Trukikaitis_Postimees, lk 69
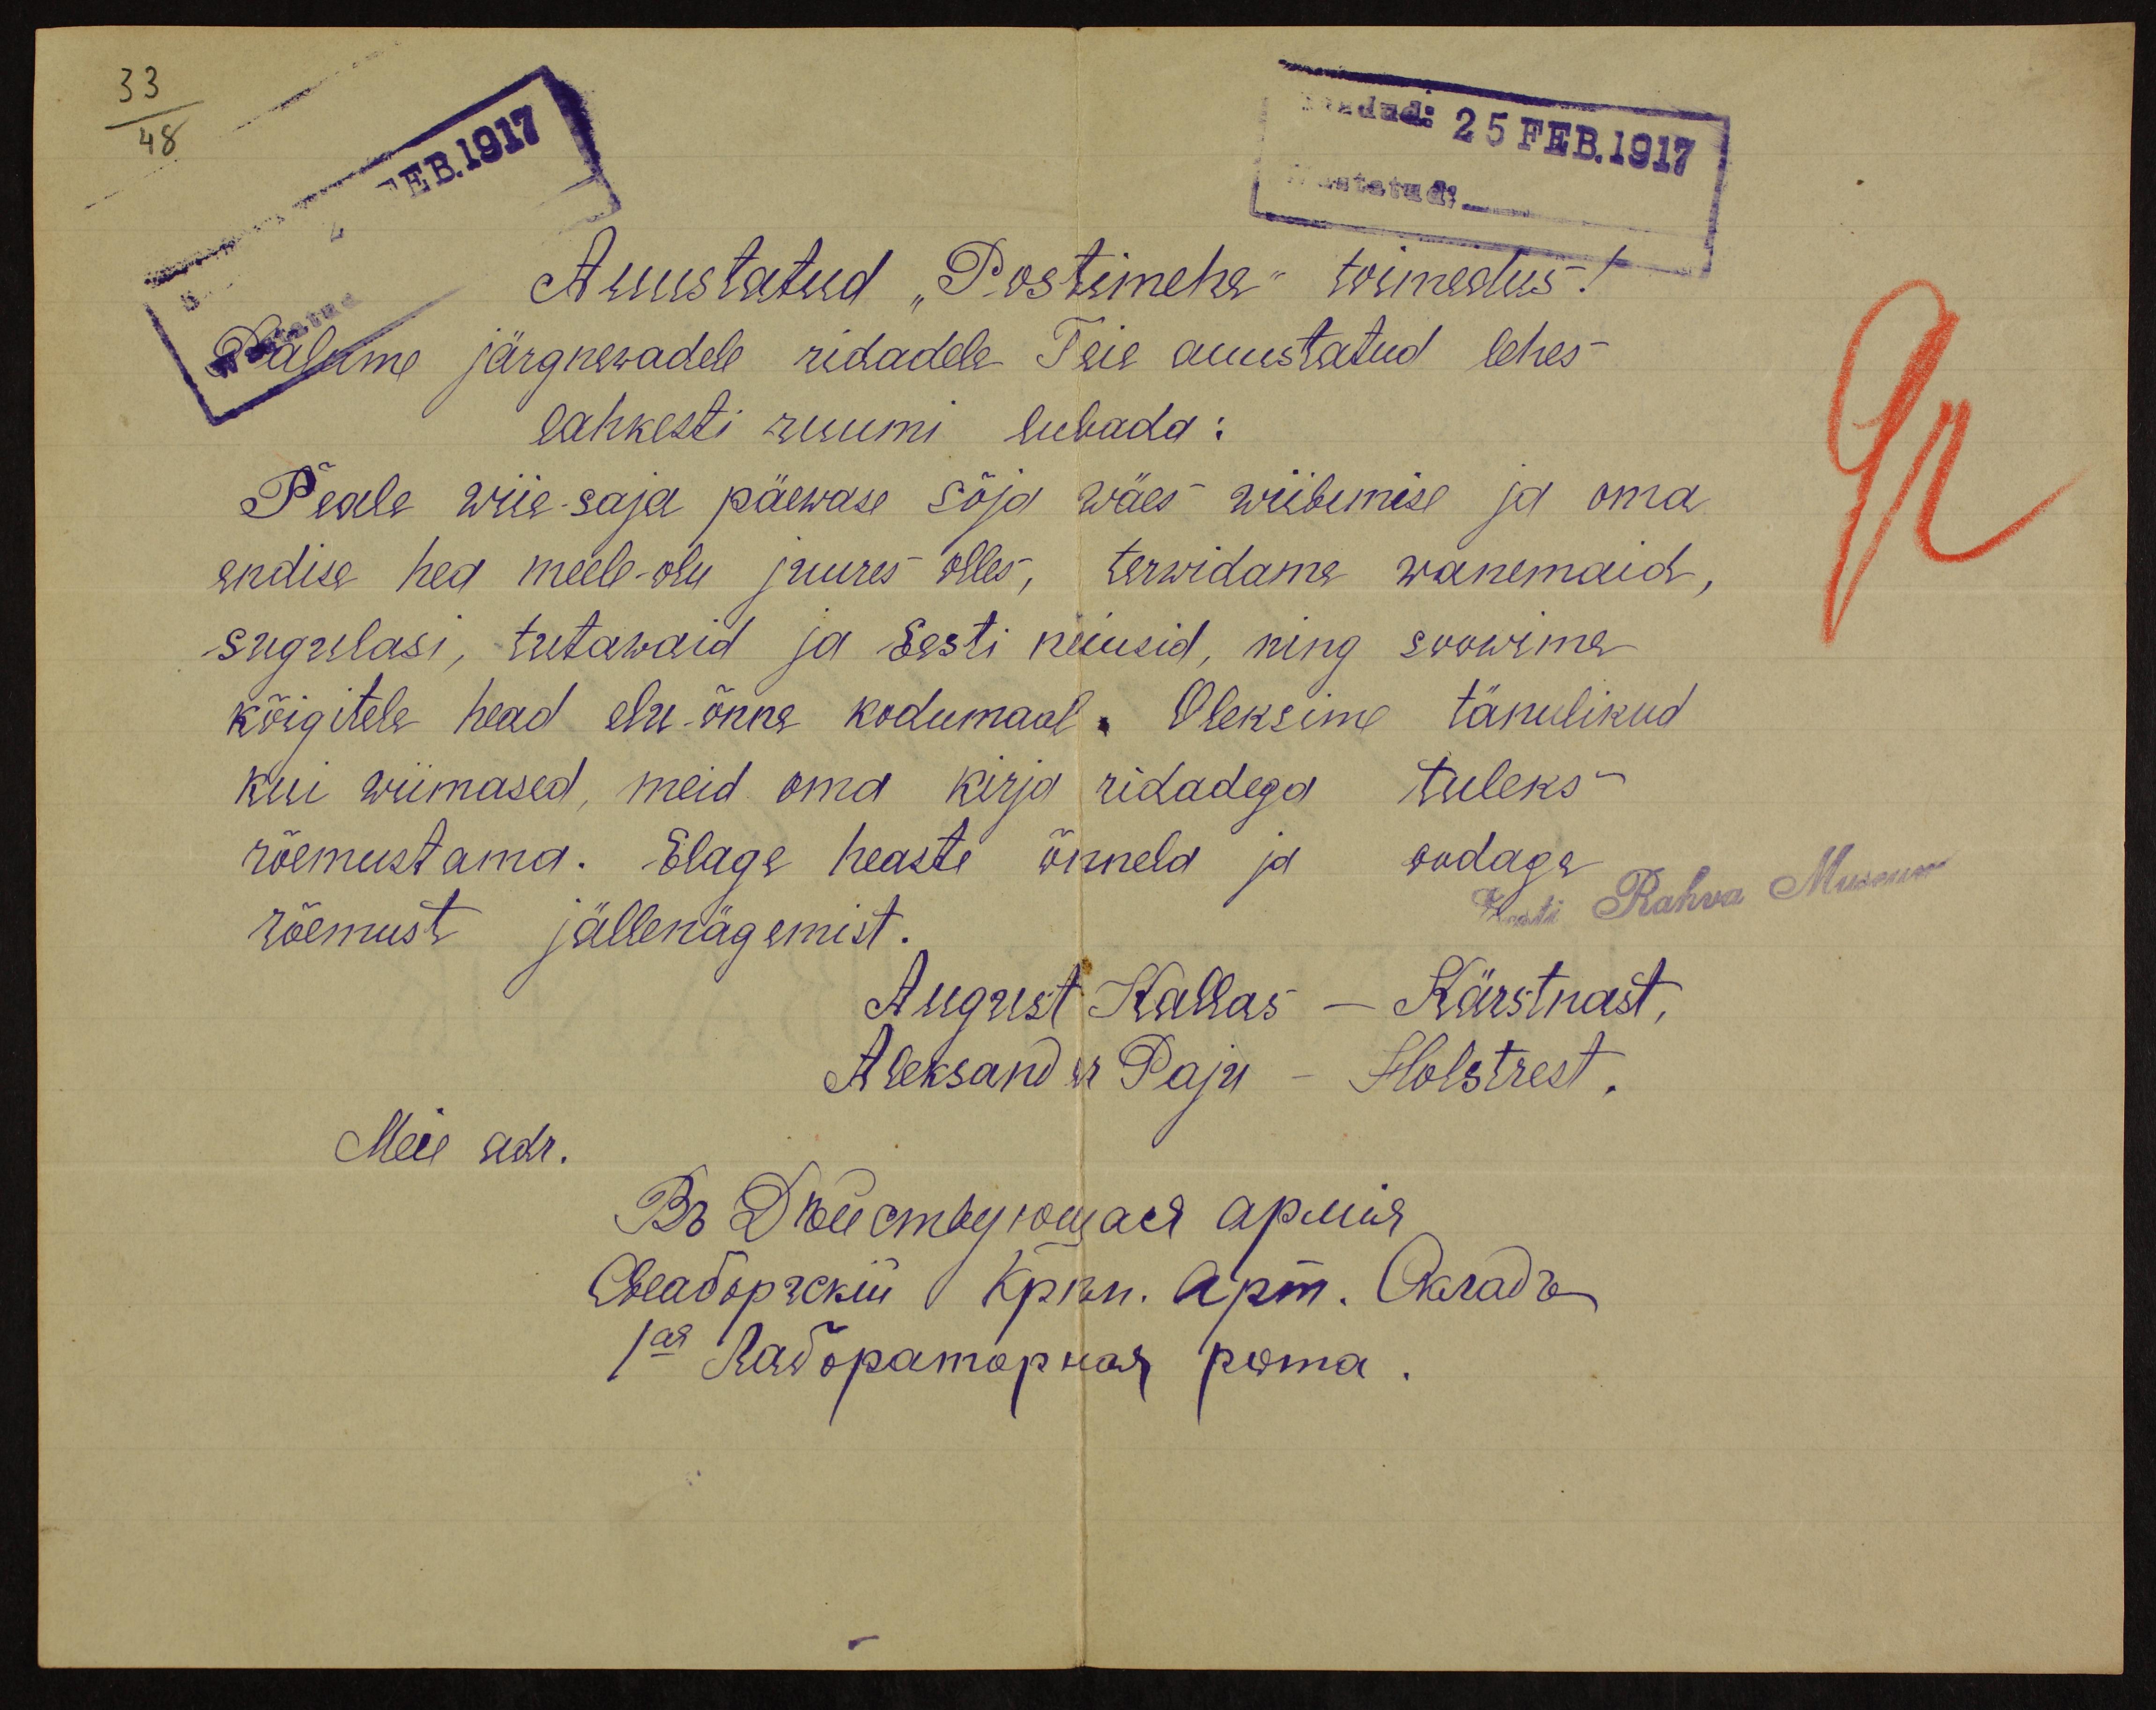
dud: 25 FEB. 1917
wastatud.
Auustatud "Postimehe" toimestus.
Palume järgnewadele ridadele. Teie auustatud lehes
lahkesti ruumi lubada:
Peale wiie saja päewase sõja wäes wiibimise ja oma
endise hea meele olu juures olles, terwidama wanemaid,
sugulasi, tutawaid ja Eesti neiusid, ning soowime
kõigitele head elu õnne kodumaal. Oleksime tänulikud
kui wiimased, meid oma kirja ridadega tuleks
rõemustama. Elage heaste õnneld ja oodaga
rõemust jällenägemist.
Eesti Rahva Museum
August Kallas - Kärstrast,
Aleksander Paju - Holstrest.
Meie adr.